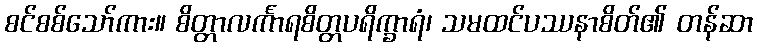
စင်စစ်သော်ကား။ စိတ္တာလင်္ကာရစိတ္တပရိက္ခာရံ၊ သမထင်ပဿနာစိတ်၏ တန်ဆာ